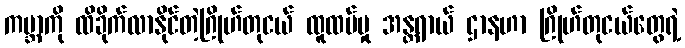
ကမ္ဘာကို ထိခိုက်လာနိုင်တဲ့ဂြိုဟ်တုငယ် ထူထပ်မှု အန္တရာယ် ဌာနဟာ ဂြိုဟ်တုငယ်တွေရဲ့